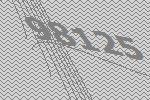
98125